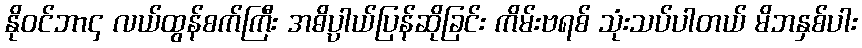
နိုဝင်ဘာ၄ လယ်ထွန်စက်ကြီး အဓိပ္ပါယ်ပြန်ဆိုခြင်း ကိမ်းဗရစ် သုံးသပ်ပါတယ် မိဘနှစ်ပါး